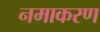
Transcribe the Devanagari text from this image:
नमाकरण